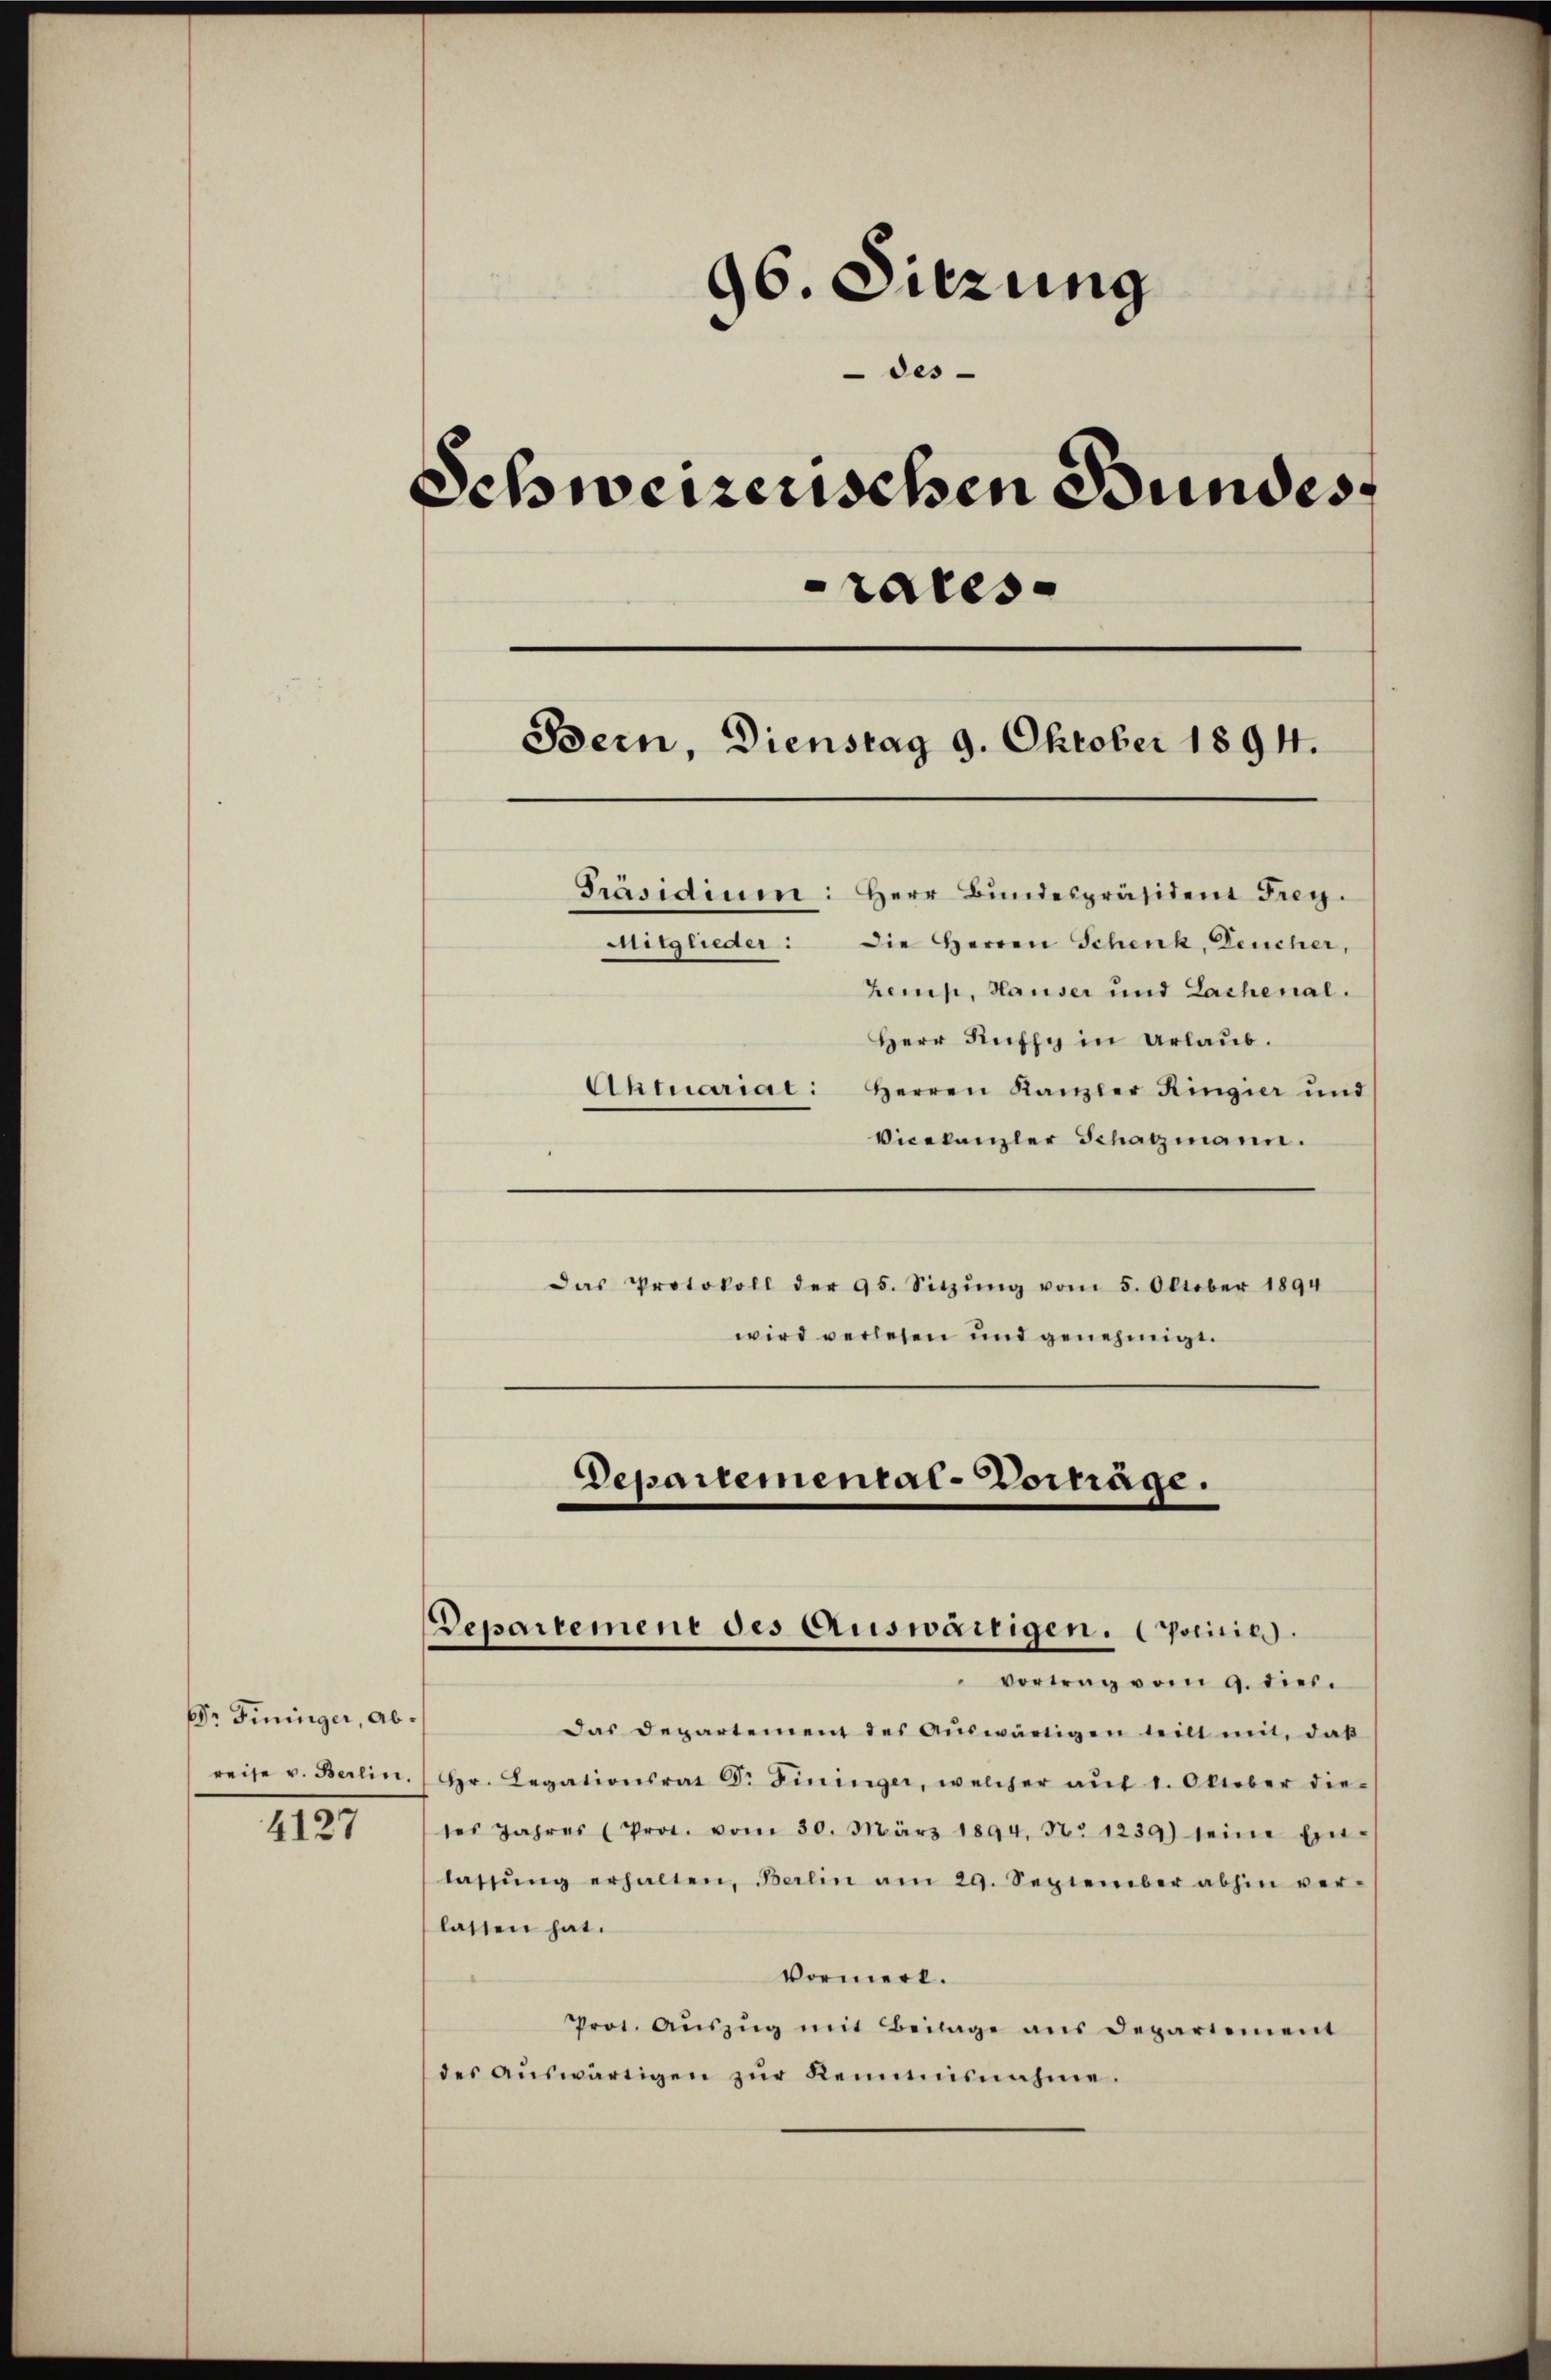
Dr. Fininger, Abreise v. Berlin.

4127

96. Sitzung
des-
Schweizerischen Bundes
rales
Bern, Dienstag 9. Oktober 1894.
Präsidium: Herr Bundespräsident Frey.

Mitglieder: Die Herren Schenk, Deucher,
hemp, Hauser und Lachenal.
Herr Kuffy in Urlaub.
Aktuariat: Herren Kanzler Ringier und
Vicekanzler Schatzmann.
Das Protokoll der 95. Sitzŭng vom 5. Oktober 1894
wird verlesen und genehmigt.

Departemental-Portage.
Departement des Auswärtigen. Oscitie
vortrag vom 9. dies.

Das Departement des Aŭswärtigen teilt mit, daß
Hr. Legationsrat Dr Fininger, welcher aŭf 1. Oktober die-
tes Jahres (Prot. vom 30. März 1894. No 1239) seine Ein-
lassŭng erhalten, Berlin am 29. September abhin ver-
lassen hat.
Vormert.
Prot. Aŭszŭg mit Beilage aus Departement
des aŭswärtigen zŭr Kemnisnahme.